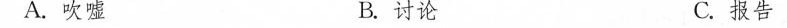
A.吹嘘 B. 讨论 C.报告